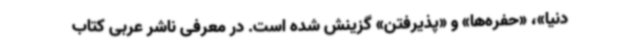
دنیا»، «حفره‌ها» و «پذیرفتن» گزینش شده‌ است. در معرفی ناشر عربی کتاب